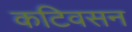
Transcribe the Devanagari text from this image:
कटिवसन